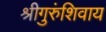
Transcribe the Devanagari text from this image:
श्रीगुरुंशिवाय